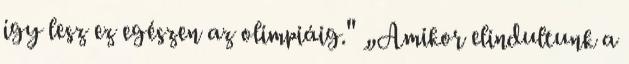
így lesz ez egészen az olimpiáig." „Amikor elindultunk a